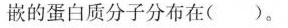
嵌的蛋白质分子分布在()。